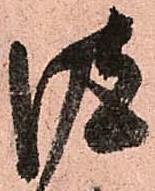
彼